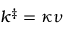
k ^ { \ddagger } = \kappa \nu